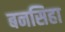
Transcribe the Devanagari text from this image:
बनसिहा